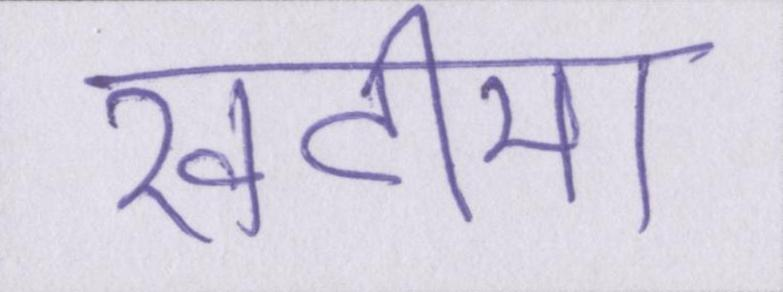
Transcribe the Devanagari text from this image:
खटीमा